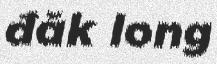
đăk long